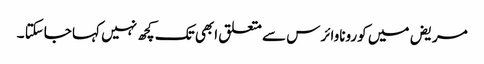
مریض میں کوروناوائرس سے متعلق ابھی تک کچھ نہیں کہا جاسکتا ۔